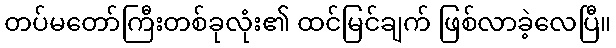
တပ်မတော်ကြီးတစ်ခုလုံး၏ ထင်မြင်ချက် ဖြစ်လာခဲ့လေပြီ။